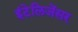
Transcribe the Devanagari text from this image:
इंटेलिजेंसर